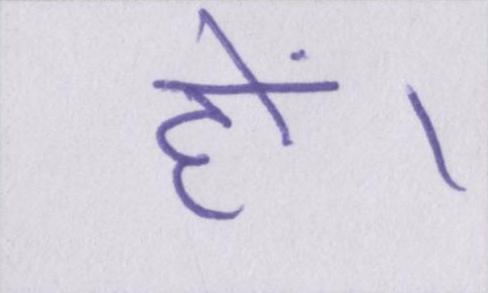
हों।